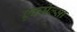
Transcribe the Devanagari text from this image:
एक्सेल्सा